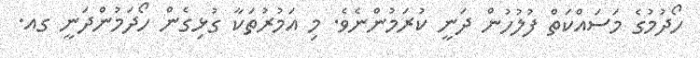
ހޯދުމުގެ މަސައްކަތް ފުލުހުން ދަނީ ކުރަމުންނެވެ. މި އަމުރުތަކާ ގުޅިގެން ހޯދަމުންދަނީ ގއ.